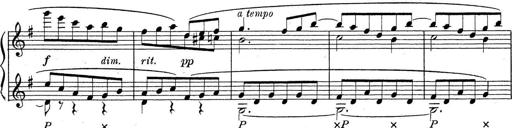
Title: ÄŒeskÃ© Sonatiny
Composer: Various